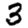
Digit: 3